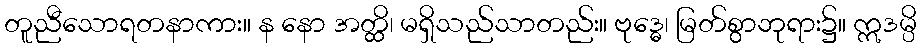
တူညီသောရတနာကား။ န နော အတ္ထိ၊ မရှိသည်သာတည်း။ ဗုဒ္ဓေ၊ မြတ်စွာဘုရား၌။ ဣဒမ္ပိ